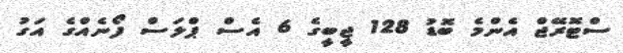
ސްޓޮރޭޖް އެންމެ ބޮޑު 128 ޖީބީގެ 6 އެސް ޕްލަސް ފޯނެއްގެ އަގު